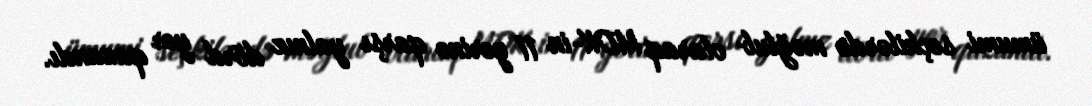
ümumi seçkilərdə məğlub olaraq MDK-in 11 yerinə qarşı yalnız dörd yer qazandı.